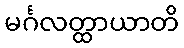
မင်္ဂလတ္ထာယာတိ